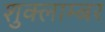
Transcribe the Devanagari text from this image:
शुक्लाम्बर